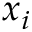
x _ { i }